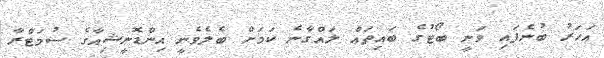
އަހަރު ބުނެފައި ވަނީ ބޯޓުގެ ބައިތައް ލައްގާނެ ކަމަށް ބެލެވެނީ އިންޑޮނީޝިއާގެ ސުމަޓްރާ